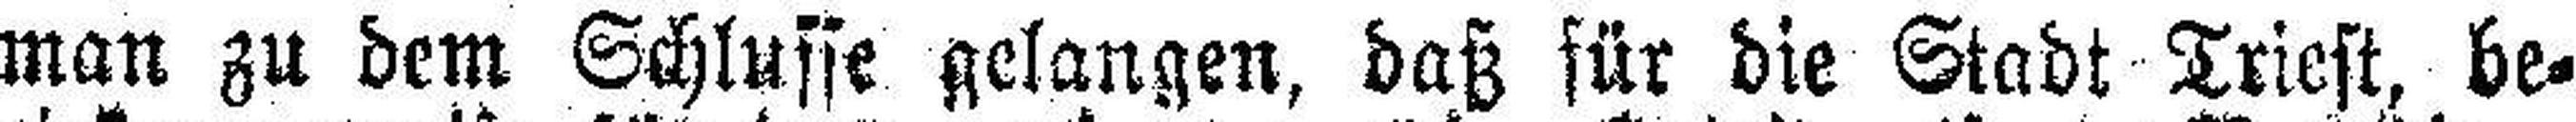
man zu dem Schlusse gelangen, daß für die Stadt Triest, be¬